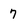
Character: 7